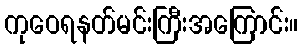
ကုဝေရနတ်မင်းကြီးအကြောင်း။